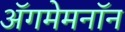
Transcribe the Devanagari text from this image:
अॅगमेमनॉन